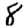
Digit: 8